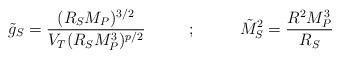
LaTeX: \begin{align*}\tilde{g}_S = {(R_S M_P)^{3/2} \over V_T (R_S M_P^3)^{p/2} } ~~~~~~~~;~~~~~~~~ \tilde{M}_S^2 = {R^2 M_P^3 \over R_S}\end{align*}